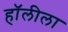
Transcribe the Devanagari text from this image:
हॉलीला